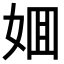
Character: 𡜼